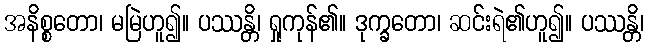
အနိစ္စတော၊ မမြဲဟူ၍။ ပဿန္တိ၊ ရှုကုန်၏။ ဒုက္ခတော၊ ဆင်းရဲ၏ဟူ၍။ ပဿန္တိ၊